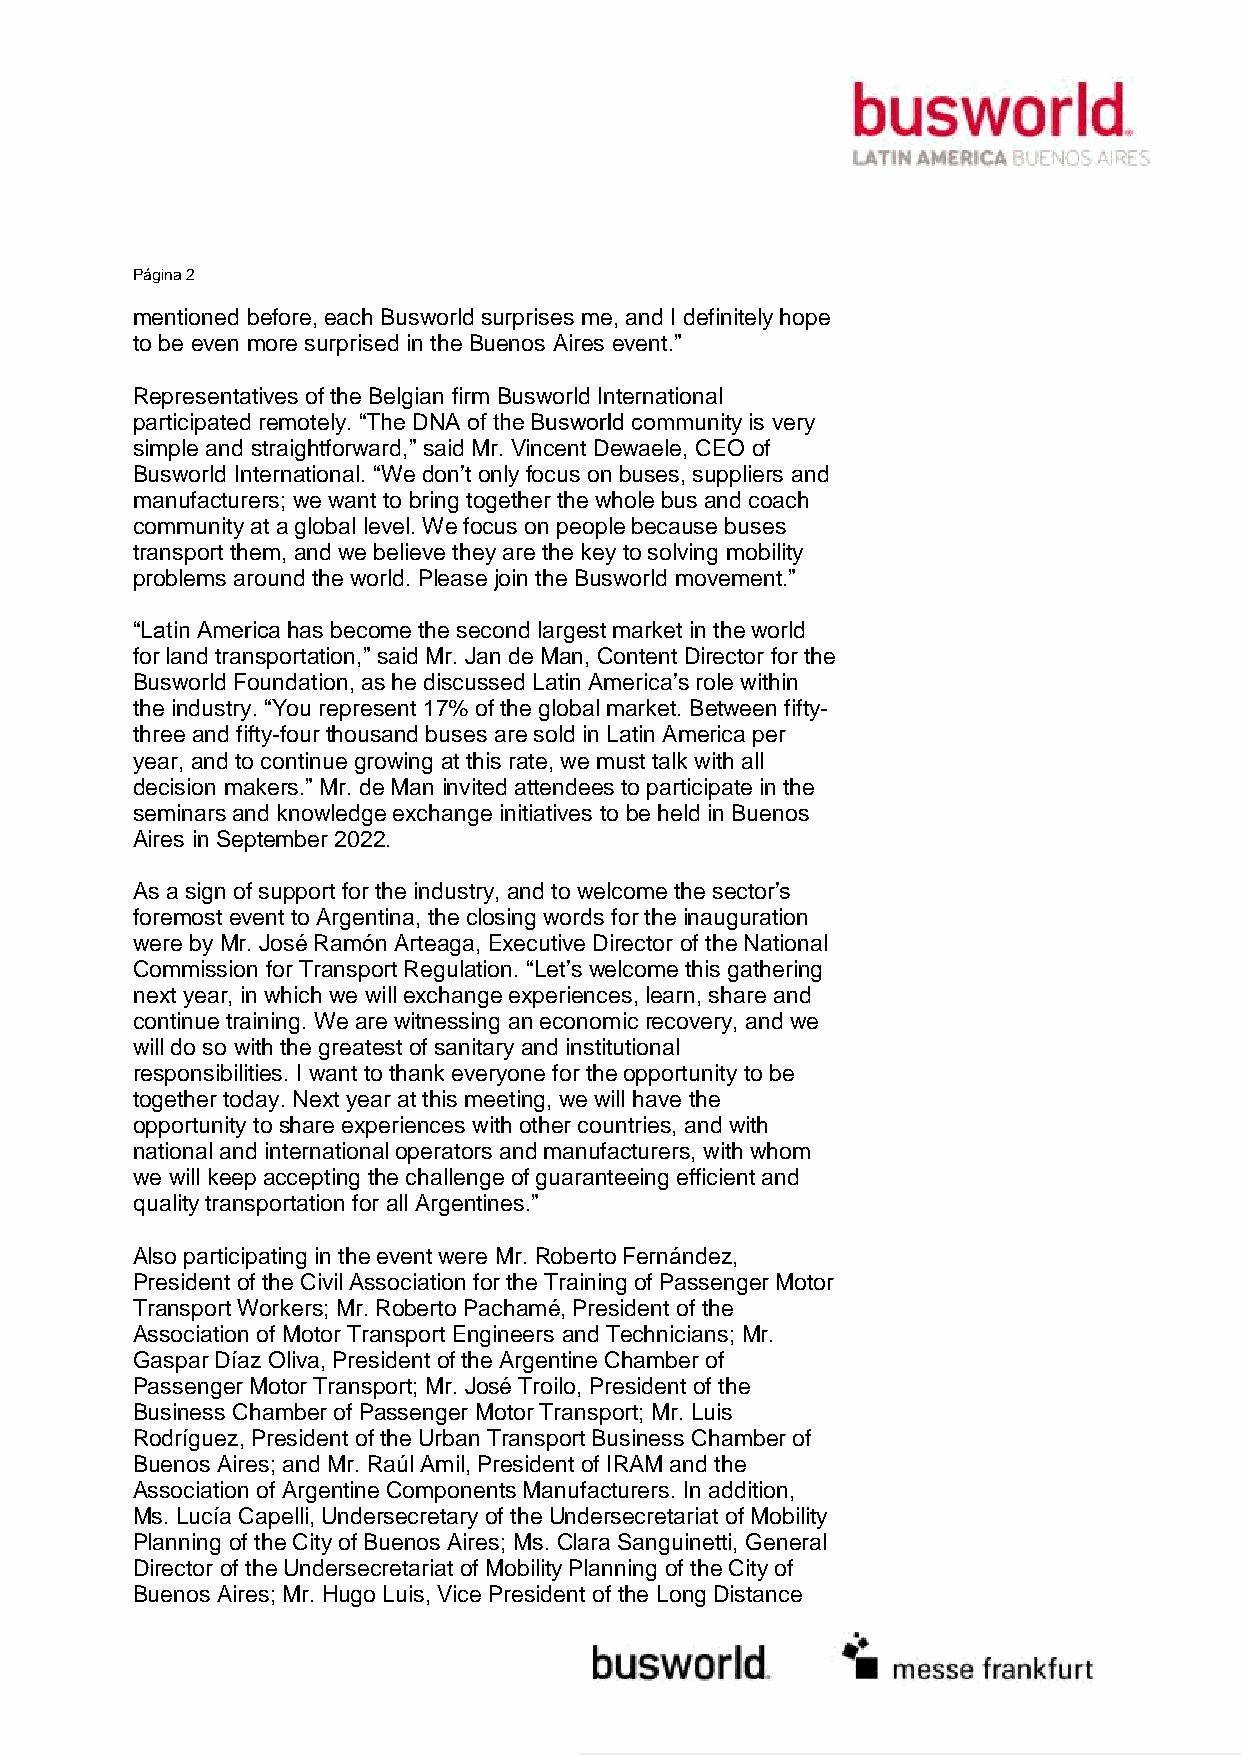
Página 2
 mentioned before, each Busworld surprises me, and I definitely hope
 to be even more surprised in the Buenos Aires event.”
 Representatives of the Belgian firm Busworld International
 participated remotely. “The DNA of the Busworld community is very
 simple and straightforward,” said Mr. Vincent Dewaele, CEO of
 Busworld International. “We don’t only focus on buses, suppliers and
 manufacturers; we want to bring together the whole bus and coach
 community at a global level. We focus on people because buses
 transport them, and we believe they are the key to solving mobility
 problems around the world. Please join the Busworld movement.”
 “Latin America has become the second largest market in the world
 for land transportation,” said Mr. Jan de Man, Content Director for the
 Busworld Foundation, as he discussed Latin America’s role within
 the industry. “You represent 17% of the global market. Between fifty-
 three and fifty-four thousand buses are sold in Latin America per
 year, and to continue growing at this rate, we must talk with all
 decision makers.” Mr. de Man invited attendees to participate in the
 seminars and knowledge exchange initiatives to be held in Buenos
 Aires in September 2022.
 As a sign of support for the industry, and to welcome the sector’s
 foremost event to Argentina, the closing words for the inauguration
 were by Mr. José Ramón Arteaga, Executive Director of the National
 Commission for Transport Regulation. “Let’s welcome this gathering
 next year, in which we will exchange experiences, learn, share and
 continue training. We are witnessing an economic recovery, and we
 will do so with the greatest of sanitary and institutional
 responsibilities. I want to thank everyone for the opportunity to be
 together today. Next year at this meeting, we will have the
 opportunity to share experiences with other countries, and with
 national and international operators and manufacturers, with whom
 we will keep accepting the challenge of guaranteeing efficient and
 quality transportation for all Argentines.”
 Also participating in the event were Mr. Roberto Fernández,
 President of the Civil Association for the Training of Passenger Motor
 Transport Workers; Mr. Roberto Pachamé, President of the
 Association of Motor Transport Engineers and Technicians; Mr.
 Gaspar Díaz Oliva, President of the Argentine Chamber of
 Passenger Motor Transport; Mr. José Troilo, President of the
 Business Chamber of Passenger Motor Transport; Mr. Luis
 Rodríguez, President of the Urban Transport Business Chamber of
 Buenos Aires; and Mr. Raúl Amil, President of IRAM and the
 Association of Argentine Components Manufacturers. In addition,
 Ms. Lucía Capelli, Undersecretary of the Undersecretariat of Mobility
 Planning of the City of Buenos Aires; Ms. Clara Sanguinetti, General
 Director of the Undersecretariat of Mobility Planning of the City of
 Buenos Aires; Mr. Hugo Luis, Vice President of the Long Distance